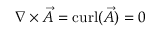
\nabla \times { \vec { A } } = \operatorname { c u r l } ( { \vec { A } } ) = 0